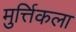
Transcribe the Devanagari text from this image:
मुर्त्तिकला